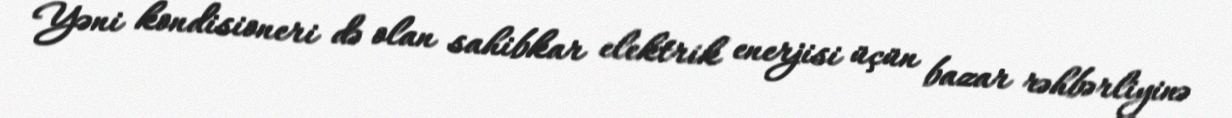
Yəni kondisioneri də olan sahibkar elektrik enerjisi üçün bazar rəhbərliyinə